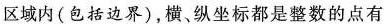
区域内(包括边界)，横、纵坐标都是整数的点有